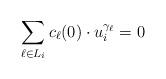
LaTeX: \begin{align*}\sum_{\ell\in L_{i}} c_{\ell}(0)\cdot u_{i}^{\gamma_{\ell}}=0\end{align*}